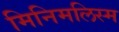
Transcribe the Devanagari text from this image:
मिनिमलिस्म